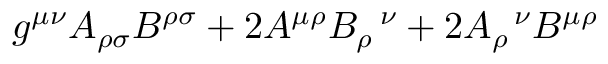
g ^ { \mu \nu } A _ { \rho \sigma } B ^ { \rho \sigma } + 2 A ^ { \mu \rho } B _ { \rho } ^ { \; \; \; \nu } + 2 A _ { \rho } ^ { \; \; \; \nu } B ^ { \mu \rho }